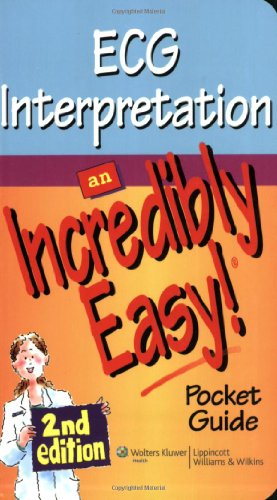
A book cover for ECG Interpretation: An Incredibly Easy Pocket Guide (Incredibly Easy! SeriesÂ®); Lippincott; Medical Books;